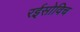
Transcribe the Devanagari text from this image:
रईसोविच